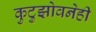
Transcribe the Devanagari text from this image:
कुटुझोवनेही